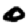
Digit: 0